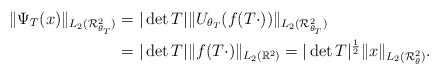
\begin{align*} \|\Psi_T(x)\|_{L_2(\mathcal{R}_{\theta_T}^2)}&=|\det T|\|U_{\theta_T}(f(T\cdot))\|_{L_2(\mathcal{R}_{\theta_T}^2)}\\&=|\det T|\|f(T\cdot)\|_{L_2(\mathbb{R}^2)} =|\det T|^\frac{1}{2}\|x\|_{L_2(\mathcal{R}_{\theta}^2)}. \end{align*}